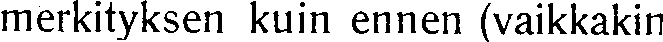
merkityksen kuin ennen (vaikkakin